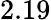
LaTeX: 2.19